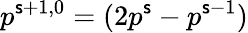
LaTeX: p^{\mathsf{s}+1,0}=(2p^{\mathsf{s}}-p^{\mathsf{s}-1})